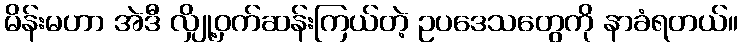
မိန်းမဟာ အဲဒီ လျှို့ဝှက်ဆန်းကြယ်တဲ့ ဥပဒေသတွေကို နာခံရတယ်။